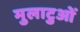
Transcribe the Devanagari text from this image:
मुलाटुओं